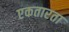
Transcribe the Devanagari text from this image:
एकतारता